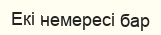
Екі немересі бар